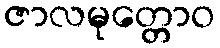
ဇာလမုတ္တောဝ